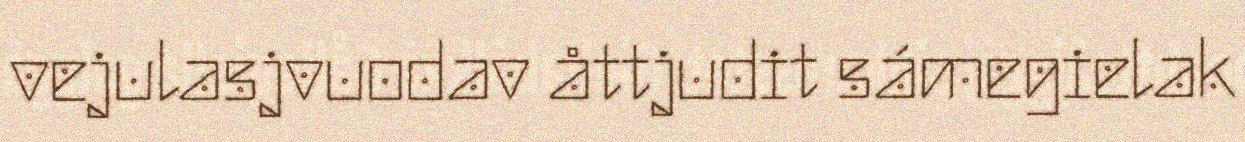
vejulasjvuodav åttjudit sámegielak